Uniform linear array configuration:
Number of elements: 64
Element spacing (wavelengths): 0.5
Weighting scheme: uniform
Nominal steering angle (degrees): -15
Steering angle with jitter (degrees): -14.035
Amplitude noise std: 0.05
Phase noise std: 0.05

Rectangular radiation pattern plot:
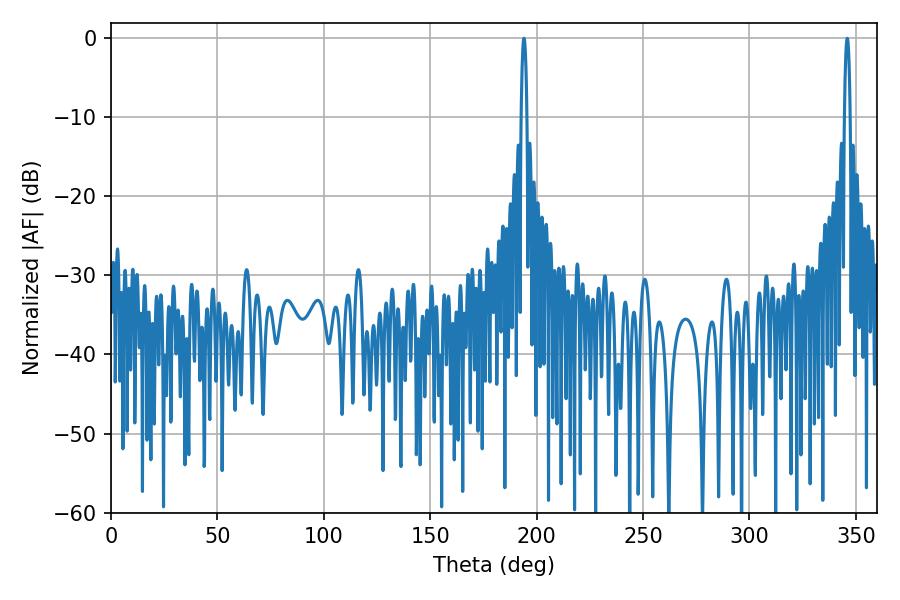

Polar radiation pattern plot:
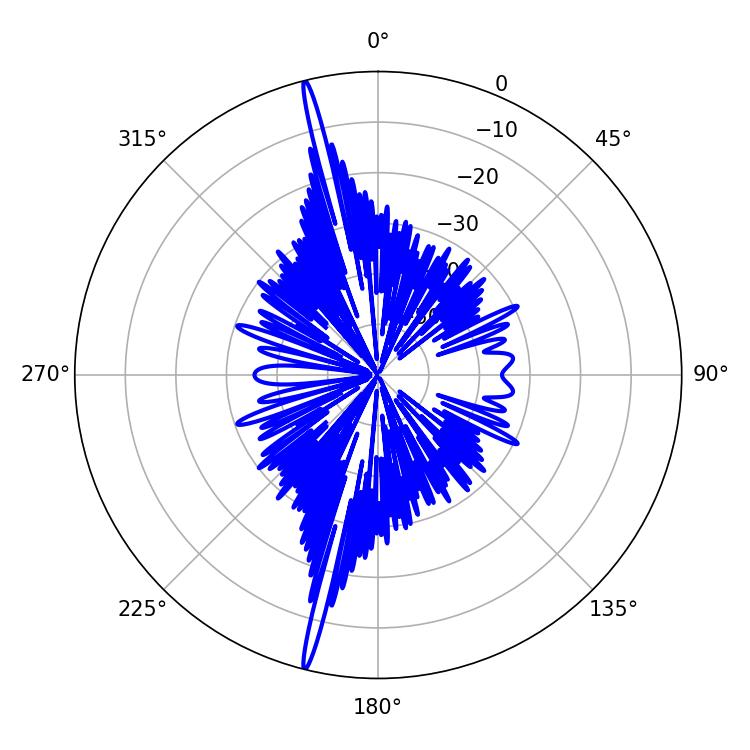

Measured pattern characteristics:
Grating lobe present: FALSE
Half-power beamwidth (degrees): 1.44
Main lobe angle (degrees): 194.04